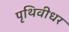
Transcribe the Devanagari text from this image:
पृथिवीधर